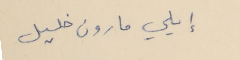
إيلي مارون خليل